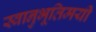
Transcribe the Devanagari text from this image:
स्वानुभूतिमयी